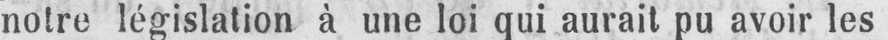
notre législation à une loi qui aurait pu avoir les